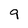
Character: q